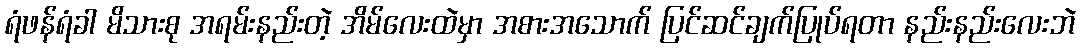
ရံဖန်ရံခါ မိသားစု အရမ်းနည်းတဲ့ အိမ်လေးထဲမှာ အစားအသောက် ပြင်ဆင်ချက်ပြုပ်ရတာ နည်းနည်းလေးဘဲ